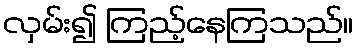
လှမ်း၍ ကြည့်နေကြသည်။